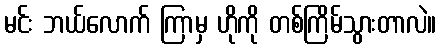
မင်း ဘယ်လောက် ကြာမှ ဟိုကို တစ်ကြိမ်သွားတာလဲ။